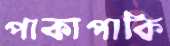
পাকাপাকি